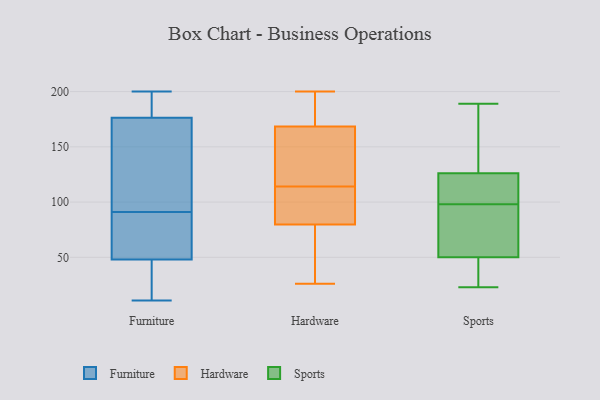
{"axis": {"x": "Temperature (°C)", "y": "Value"}, "legend": ["Furniture", "Hardware", "Sports"], "data": [{"x": "", "y": 186, "type": "Furniture"}, {"x": "", "y": 75, "type": "Furniture"}, {"x": "", "y": 57, "type": "Furniture"}, {"x": "", "y": 16, "type": "Furniture"}, {"x": "", "y": 171, "type": "Furniture"}, {"x": "", "y": 87, "type": "Furniture"}, {"x": "", "y": 126, "type": "Furniture"}, {"x": "", "y": 11, "type": "Furniture"}, {"x": "", "y": 21, "type": "Furniture"}, {"x": "", "y": 136, "type": "Furniture"}, {"x": "", "y": 197, "type": "Furniture"}, {"x": "", "y": 173, "type": "Furniture"}, {"x": "", "y": 21, "type": "Furniture"}, {"x": "", "y": 191, "type": "Furniture"}, {"x": "", "y": 91, "type": "Furniture"}, {"x": "", "y": 200, "type": "Furniture"}, {"x": "", "y": 77, "type": "Furniture"}, {"x": "", "y": 89, "type": "Hardware"}, {"x": "", "y": 51, "type": "Hardware"}, {"x": "", "y": 160, "type": "Hardware"}, {"x": "", "y": 194, "type": "Hardware"}, {"x": "", "y": 194, "type": "Hardware"}, {"x": "", "y": 55, "type": "Hardware"}, {"x": "", "y": 88, "type": "Hardware"}, {"x": "", "y": 117, "type": "Hardware"}, {"x": "", "y": 109, "type": "Hardware"}, {"x": "", "y": 200, "type": "Hardware"}, {"x": "", "y": 26, "type": "Hardware"}, {"x": "", "y": 114, "type": "Hardware"}, {"x": "", "y": 121, "type": "Hardware"}, {"x": "", "y": 70, "type": "Sports"}, {"x": "", "y": 142, "type": "Sports"}, {"x": "", "y": 83, "type": "Sports"}, {"x": "", "y": 29, "type": "Sports"}, {"x": "", "y": 50, "type": "Sports"}, {"x": "", "y": 115, "type": "Sports"}, {"x": "", "y": 23, "type": "Sports"}, {"x": "", "y": 113, "type": "Sports"}, {"x": "", "y": 126, "type": "Sports"}, {"x": "", "y": 189, "type": "Sports"}]}